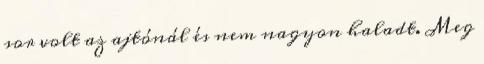
sor volt az ajtónál és nem nagyon haladt. Meg